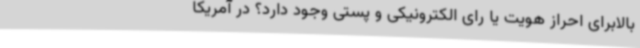
بالابرای احراز هویت یا رای الکترونیکی و پستی وجود دارد؟ در آمریکا